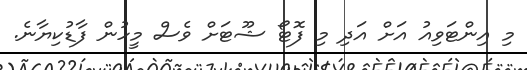
މި އިންޓަވިއު އަށް އަދި މި ފޮޓޯ ޝޫޓަށް ވެސް މީހުން ފާޑުކިޔާނެ.